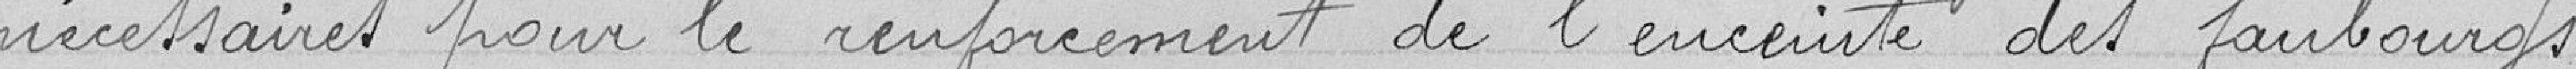
nécessaires pour le renforcement de l'enceinte des faubourgs.